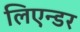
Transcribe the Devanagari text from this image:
लिएन्डर